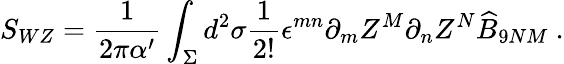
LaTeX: S_{WZ}=\frac{1}{2\pi\alpha^{\prime}}\int_{\Sigma}d^{2}\sigma\frac{1}{2!}\epsilon^{mn}\partial_{m}Z^{M}\partial_{n}Z^{N}\widehat{B}_{9NM}~.